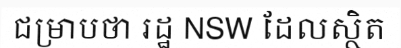
ជម្រាបថា រដ្ឋ NSW ដែលស្ថិត